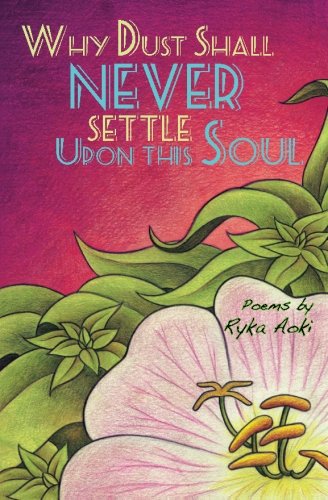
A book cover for Why Dust Shall Never Settle Upon This Soul; Ryka Aoki; Gay & Lesbian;